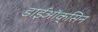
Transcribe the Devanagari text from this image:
डाईऑक्सिन